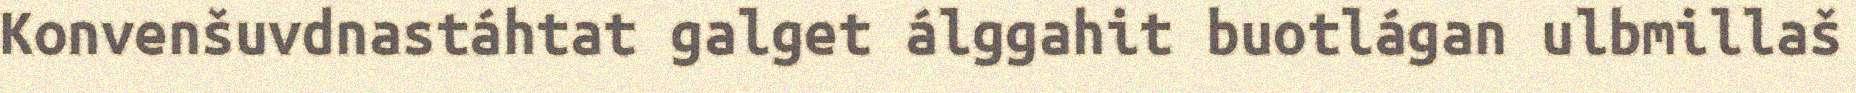
Konvenšuvdnastáhtat galget álggahit buotlágan ulbmillaš